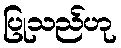
ပြုသည်ဟု